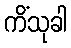
ကိံသုခါ